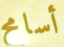
أسامح